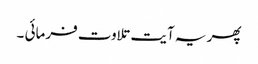
پھر یہ آیت تلاوت فرمائی ۔